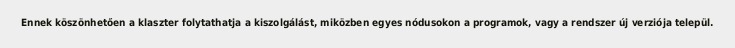
Ennek köszönhetően a klaszter folytathatja a kiszolgálást, miközben egyes nódusokon a programok, vagy a rendszer új verziója települ.